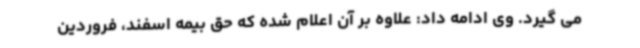
می گیرد. وی ادامه داد: علاوه بر آن اعلام شده که حق بیمه اسفند، فروردین